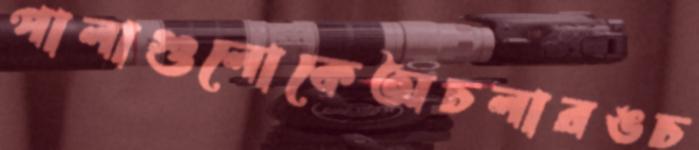
পালাগুলোকেঅচলারঙচ